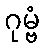
ဂုမ္ဗံ